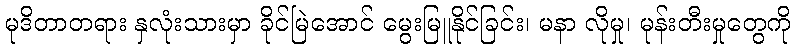
မုဒိတာတရား နှလုံးသားမှာ ခိုင်မြဲအောင် မွေးမြူနိုင်ခြင်း၊ မနာ လိုမှု၊ မုန်းတီးမှုတွေကို